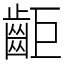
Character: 䶙